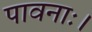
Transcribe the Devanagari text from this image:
पावनाः।